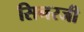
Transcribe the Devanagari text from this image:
सिनरजी